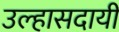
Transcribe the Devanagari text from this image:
उल्हासदायी